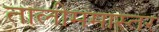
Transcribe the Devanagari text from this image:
तालीममास्तर